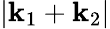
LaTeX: |\textbf{k}_{1}+\textbf{k}_{2}|